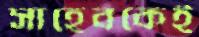
সাহেবকেই